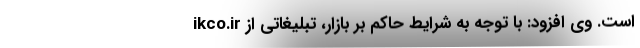
ikco.ir است. وی افزود: با توجه به شرایط حاکم بر بازار، تبلیغاتی از